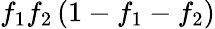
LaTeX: f_{1}f_{2}\left(1-f_{1}-f_{2}\right)